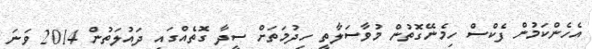
އެހެންކަމުން ފެކްސް ހިމެނޭގޮތުން މުވާސަލާތީ ހިދުމަތަށް ސީދާ ގޮތެއްގައި ދައުލަތުން 2014 ވަނަ